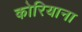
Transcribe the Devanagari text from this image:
कोरियाना